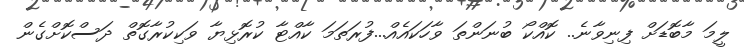
ލީމަ މާބޮޑަށް ފިނިވާނެ.. ކޮއްކޯ ބުނަންތަ ވާހަކައެއް...ފުރަތަމަ ކާއްޓާ ކުރޮޅިޔާ ވަކިކުރާގޮތް ދަސްކޮށްގެން